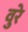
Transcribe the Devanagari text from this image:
वुरे